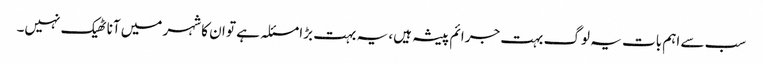
سب سے اہم بات یہ لوگ بہت جرائم پیشہ ہیں، یہ بہت بڑا مسئلہ ہے تو ان کا شہر میں آنا ٹھیک نہیں۔